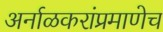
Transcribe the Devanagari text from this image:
अर्नाळकरांप्रमाणेच